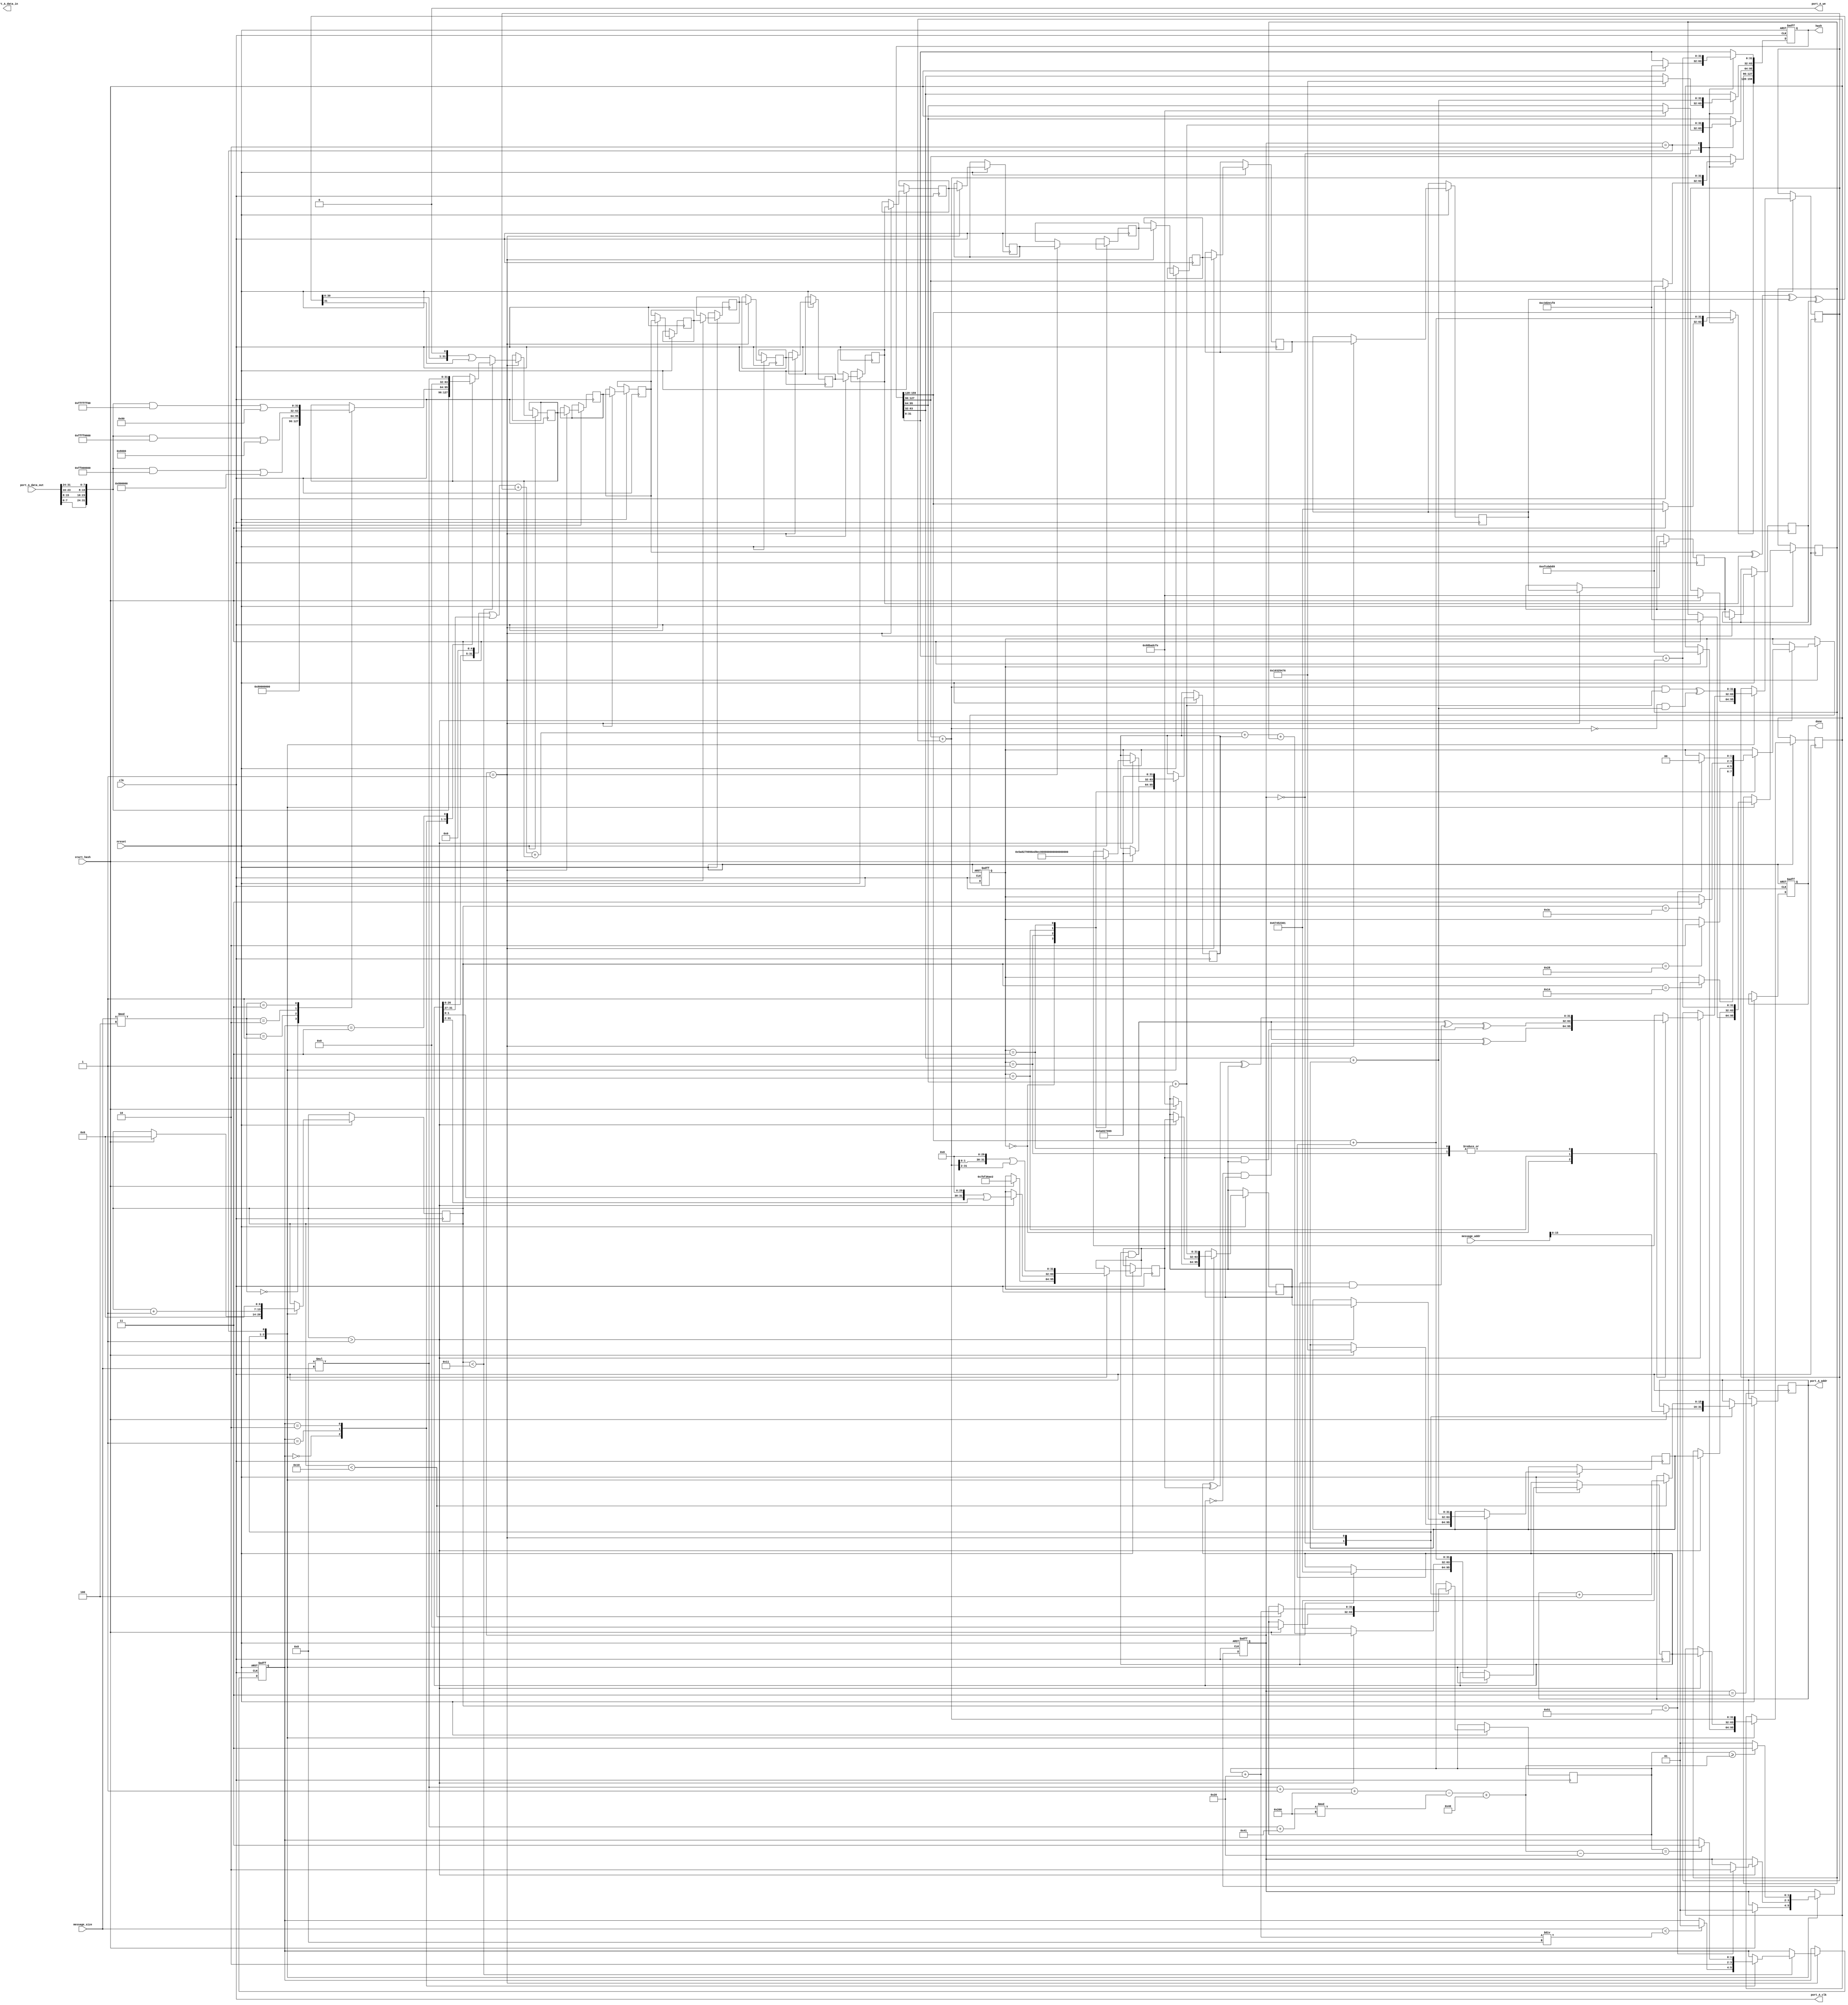
/*
 * SHA-1 final project
 * Names: Derek Tran A10543575
 *	      Peter Tran A11163016
 */
module SHA1_hash (
	clk,
	nreset,
	start_hash,
	message_addr,
	message_size,
	hash,
	done,
	port_A_clk,
   port_A_data_in,
   port_A_data_out,
   port_A_addr,
   port_A_we
	);

input  clk;
input  nreset;
// Initializes the SHA1_hash module

input  start_hash;
// Tells SHA1_hash to start hashing the given frame

input  [31:0] message_addr;
// Starting address of the messagetext frame
// i.e., specifies from where SHA1_hash must read the messagetext frame

input  [31:0] message_size;
// Length of the message in bytes

output [159:0] hash;
// hash results

input  [31:0] port_A_data_out;
// read data from the dpsram (messagetext)

output [31:0] port_A_data_in;
// write data to the dpsram (ciphertext)

output [15:0] port_A_addr;
// address of dpsram being read/written

output port_A_clk;
// clock to dpsram (drive this with the input clk)

output port_A_we;
// read/write selector for dpsram

output done; // done is a signal to indicate that hash  is complete

/**********************
 *
 * FUNCTIONS
 *
 **********************/
//define endian switch function:
function [31:0] changeEndian;
		input [31:0] value;
		changeEndian = { value[7:0], value[15:8], value[23:16], value[31:24]};
endfunction

// left circle shift
function [31:0] leftCircleShift;
	input [31:0] value;
	input [31:0] shiftAmount;
	leftCircleShift = (value << shiftAmount) | (value >> (32 - shiftAmount));
endfunction

/**********************
 *
 * VARIABLES
 *
 **********************/
reg [1:0] STATE;
parameter s_set = 0,
			s_compute = 1,
			s_post = 2,
			s_done = 3;

reg [1:0] READ_STATE;
parameter s_msg = 0,
			s_one = 1,
			s_zero = 2,
			s_length = 3;

reg [1:0] T_STATE;
parameter s_0 = 0,
			s_1 = 1,
			s_2 = 2,
			s_3 = 3;

integer i;

reg [6:0]  t;
reg [15:0] read_addr;
reg [31:0] amount_read;
reg [31:0] W[0:15];
reg [31:0] A, B, C, D, E, F, K, P;
//reg [31:0] H0, H1, H2, H3, H4;

wire [31:0]	word_in, total_length;
wire [15:0]	read_addr_n;
reg [159:0] hash;
reg done;

/**********************
 *
 * ASSIGN
 *
 **********************/
assign port_A_we = 0;
assign port_A_addr = read_addr;
assign port_A_clk = clk;
assign total_length = (message_size * 8) + 1 + 512 - (((8 * message_size) + 65) % 512) + 64;
assign read_addr_n = read_addr + 4;
assign word_in = changeEndian(port_A_data_out);
//assign hash = {H0, H1, H2, H3, H4};

//main logic:
always@(posedge clk or negedge nreset)
begin
	if(!nreset) begin
		//reset all registers
		STATE <= s_set;
		T_STATE <= s_0;
		READ_STATE <= s_msg;

		done <= 0;
		hash <= 0;
	end
	else begin
		case(STATE)
			s_set:
			begin
				if(start_hash) begin
					STATE <= s_compute;
					read_addr <= message_addr[15:0];
					amount_read <= 0;
					t <= 0;

					// initialize to the M values
					hash[159:128] <= 32'h67452301;
					hash[127:96]  <= 32'hefcdab89;
					hash[95:64]   <= 32'h98badcfe;
					hash[63:32]   <= 32'h10325476;
					hash[31:0]    <= 32'hc3d2e1f0;

					A <= 32'h67452301;
					B <= 32'hefcdab89;
					C <= 32'h98badcfe;
					D <= 32'h10325476;
					E <= 32'hc3d2e1f0;

					F <= (32'hefcdab89 & 32'h98badcfe) ^ (~32'hefcdab89 & 32'h10325476);
					P <= leftCircleShift( 32'hefcdab89, 30);
					K <= 32'h5a827999;
				end
			end

			s_compute:
			begin
				t <= t + 1;

				if(t < 16)
				begin
					read_addr <= read_addr + 4;
					amount_read <= amount_read+32;
				end

				if(t < 17)
				begin
					case(READ_STATE)
						s_msg:
						begin
							W[15] <= word_in;								// no padding

							if((message_size  < (amount_read + 32)/8)) READ_STATE <= s_one;
						end

						s_one:
						begin
							case(message_size % 4)          // single bit pad
							0: W[15] <= 32'h80000000;
							1: W[15] <= word_in & 32'hFF000000 | 32'h00800000;
							2: W[15] <= word_in & 32'hFFFF0000 | 32'h00008000;
							3: W[15] <= word_in & 32'hFFFFFF00 | 32'h00000080;
							endcase

							READ_STATE <= s_zero;
						end

						s_zero:
						begin
							W[15] <= 32'h00000000;          // 0 bit pad

							if(amount_read == total_length-32) READ_STATE <= s_length;
						end

						s_length:
						begin
							W[15] <= (message_size * 8);		// message_size pad
						end
					endcase
				end
				else
				begin
					W[15] <= leftCircleShift((W[13] ^ W[8] ^ W[2] ^ W[0]), 1);
				end

				for(i = 0; i < 15; i=i+1)
				begin
					W[i] <= W[i+1];
				end

				if(t > 1)
				begin
					case(T_STATE)
						s_0:
						begin
							K <= 32'h5a827999;
							F <= (A & P) ^ (~A & C);
							if(t == 20) begin T_STATE <= s_1; end
						end

						s_1:
						begin
							K <= 32'h6ed9eba1;
							F <= A ^ P ^ C;
							if(t == 40) begin T_STATE <= s_2; end
						end

						s_2:
						begin
							K <= 32'h8f1bbcdc;
							F <= (A & P) ^ (A & C) ^ (P & C);
							if(t == 60) begin T_STATE <= s_3; end
						end

						s_3:
						begin
							K <= 32'hca62c1d6;
							F <=  A ^ P ^ C;
							if(t == 81) begin T_STATE <= s_0; end
						end
					endcase

					A <= ((A << 5) | (A >> 27)) + F + W[15] + K + E;
					B <= A;
					C <= P;
					D <= C;
					E <= D;

					P <= leftCircleShift(A, 30);
					if(t == 81)
					begin
						STATE <= s_post;
					end
				end
			end

			s_post:
			begin
				t <= 0;

				hash[159:128] <= hash[159:128] + A;
				hash[127:96]  <= hash[127:96]  + B;
				hash[95:64]   <= hash[95:64]   + C;
				hash[63:32]   <= hash[63:32]   + D;
				hash[31:0]    <= hash[31:0]    + E;

				A <= hash[159:128] + A;
				B <= hash[127:96]  + B;
				C <= hash[95:64]   + C;
				D <= hash[63:32]   + D;
				E <= hash[31:0]    + E;

				F <= ((hash[127:96] + B) & (hash[95:64] + C)) ^ (~(hash[127:96] + B) & (hash[63:32] + D));
				P <= leftCircleShift((hash[127:96] + B), 30);
				K <= 32'h5a827999;

				if(amount_read >= total_length)
				begin
					STATE <= s_done;
				end
				else
				begin
					STATE <= s_compute;
				end
			end

			s_done:
			begin
				done <= 1;
			end
		endcase
	end
end
endmodule